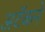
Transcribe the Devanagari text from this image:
अटॅकने